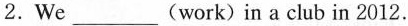
2.We___(work) in a club in 2012.